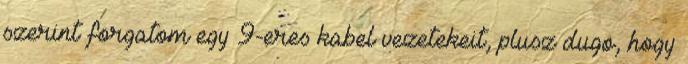
szerint forgatom egy 9-eres kabel vezetekeit, plusz dugo, hogy